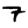
Digit: 7